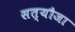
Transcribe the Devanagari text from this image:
सत्यौजा